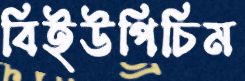
বিইউপিচিম